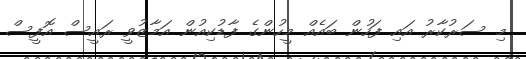
މި ސަރުކާރު އައި ފަހުން ބައެއް މީހުންގެ ފާޑުކިއުން އަމާޒުވީ ރައީސް އޮފީސް